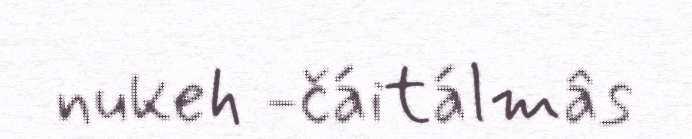
nukeh -čáitálmâs